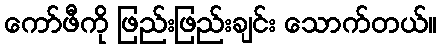
ကော်ဖီကို ဖြည်းဖြည်းချင်း သောက်တယ်။